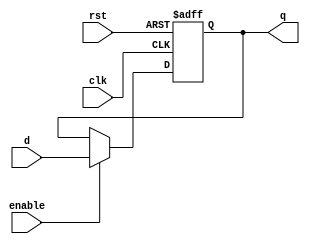
`timescale 1ns / 1ps
//////////////////////////////////////////////////////////////////////////////////
//  Company: ITESO
//  Engineers: Braulio Martinez Aceves, Jorge Alberto Padilla Gutierrez
//  Module Description: D Flip Flop
//////////////////////////////////////////////////////////////////////////////////
module FF_D_enable(
    input clk,
    input rst,
    input enable,
    input d,
    output reg q
    );
always @(posedge rst, posedge clk) // asychronous reset
    begin
        if(rst)
            q <= 1'b0;
        else
            if(enable)
                q <= d;
            else
                q <= q;
end
endmodule